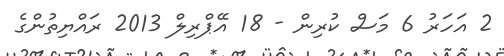
2 އަހަރު 6 މަސް ކުރިން - 18 އޭޕްރިލް 2013 ރައްޔިތުންގެ